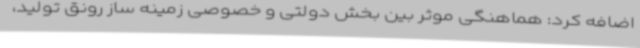
اضافه کرد: هماهنگی موثر بین بخش دولتی و خصوصی زمینه ساز رونق تولید،